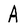
Character: A